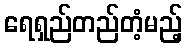
ရေရှည်တည်တံ့မည့်